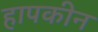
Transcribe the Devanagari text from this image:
हापकीन